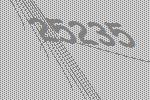
25235